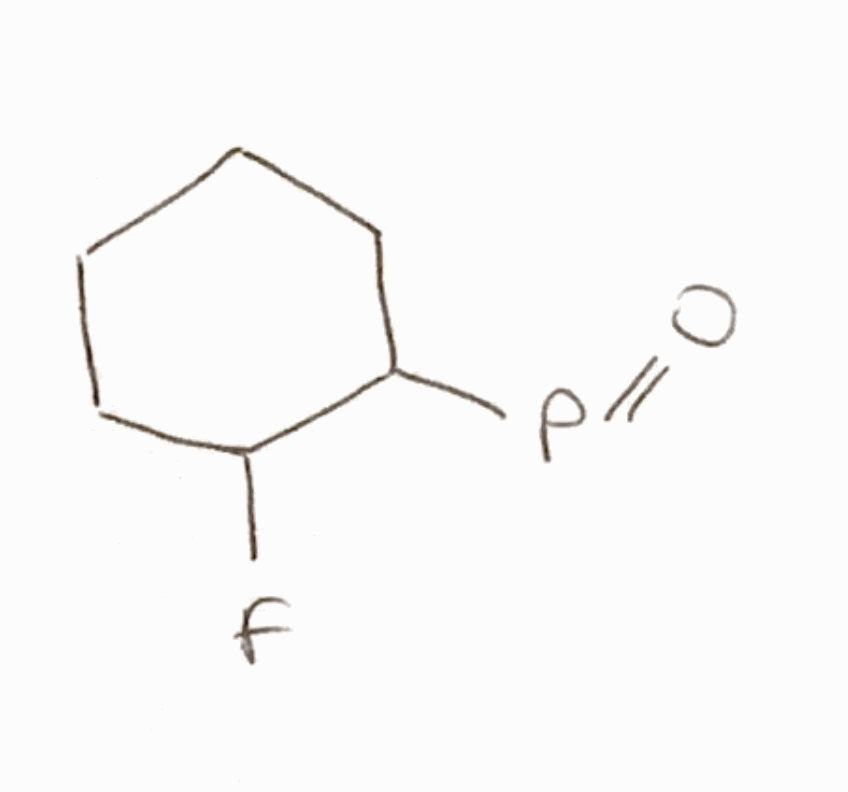
Simplified molecular-input line-entry system (SMILES) notation of the given molecule:
C1CCC(C(C1)F)P=O